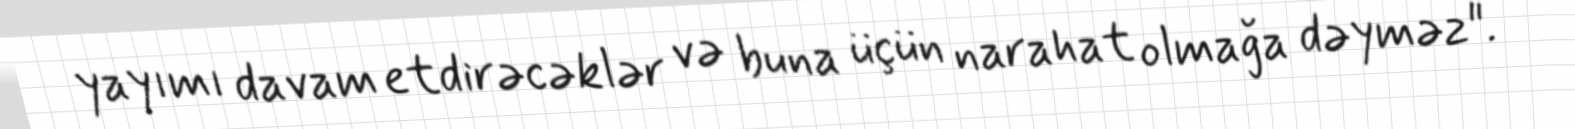
yayımı davam etdirəcəklər və buna üçün narahat olmağa dəyməz".